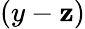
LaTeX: (y-\mathbf{z})